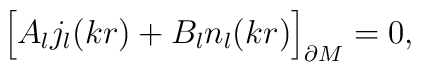
\Bigr[A_{l} j_{l}(kr)+B_{l} n_{l}(kr)\Bigr]_{\partial M}=0,